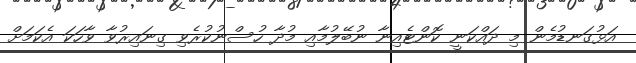
އަޅުގަނޑުމެން މި ދައްކަނީ ކޮންޓެއިނާ ނުބޭލުމާއި މުދާ ހުސްނުކުރެވި ގިނައިރުވާ ވާހަކަ އެކަމަށް